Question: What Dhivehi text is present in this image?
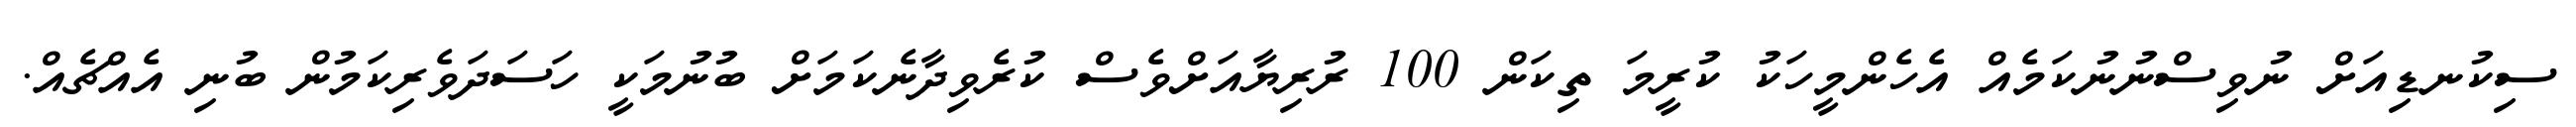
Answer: ސިކުނޑިއަށް ނުވިސްނުނުކަމެއް އެހެންމީހަކު ކުރީމަ ތިކަން 100 ރުރިޔާއަށްވެސް ކުރެވިދާނެކަމަށް ބުނުމަކީ ހަސަދަވެރިކަމުން ބުނި އެއްޗެއް.